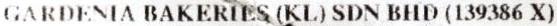
GARDENIA BAKERIES (KL) SDN BHD (139386 X)